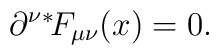
\partial^\nu \mbox{\mbox{}$^*\!$} F_{\mu\nu}(x) = 0.